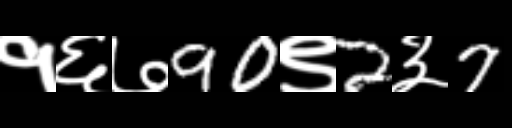
Text: १६७90९2३7